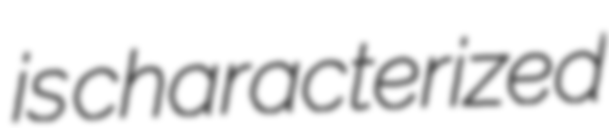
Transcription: is characterized